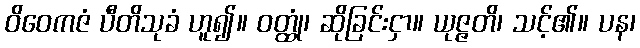
ဝိဝေကဇံ ပီတိသုခံ ဟူ၍။ ဝတ္ထုံ၊ ဆိုခြင်းငှာ။ ယုဇ္ဇတိ၊ သင့်၏။ ပန၊